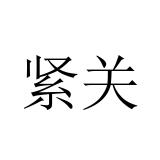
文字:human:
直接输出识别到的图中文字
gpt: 紧关